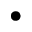
\bullet